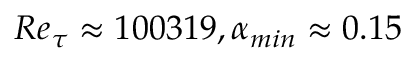
R e _ { \tau } \approx 1 0 0 3 1 9 , \alpha _ { m i n } \approx 0 . 1 5